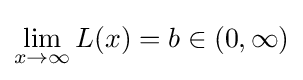
\lim _{x\to \infty }L(x)=b\in (0,\infty )